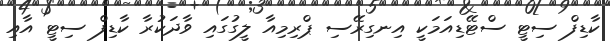
ކާޑިފް ސިޓީ ސްޓޭޑިއަމަކީ އިނގިރޭސި ޕްރިމިއާ ލީގުގައި ވާދަކުރާ ކާޑިފް ސިޓީ އާއި